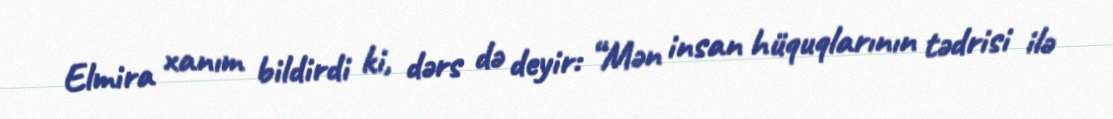
Elmira xanım bildirdi ki, dərs də deyir: “Mən insan hüquqlarının tədrisi ilə